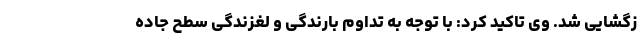
زگشایی شد. وی تاکید کرد: با توجه به تداوم بارندگی و لغزندگی سطح جاده